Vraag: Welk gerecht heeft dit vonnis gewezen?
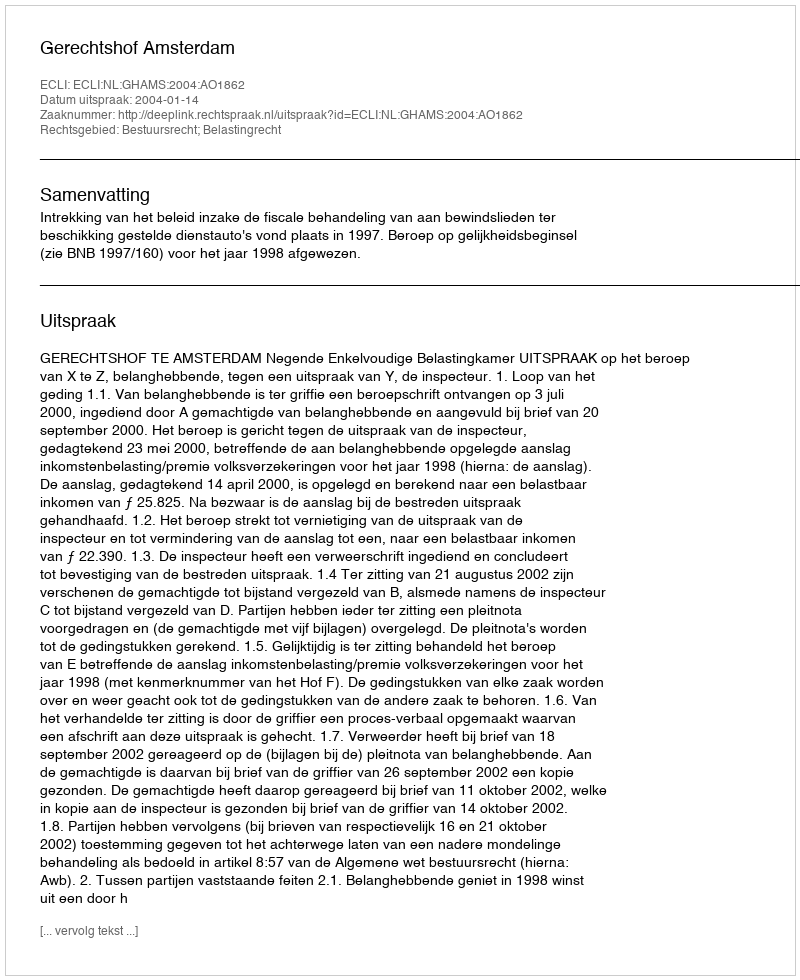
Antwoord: Gerechtshof Amsterdam